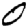
Digit: 0